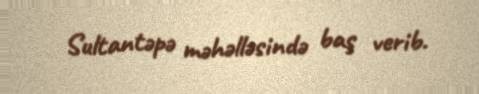
Sultantəpə məhəlləsində baş verib.